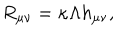
LaTeX: R _ { \mu \nu } = \kappa \Lambda h _ { \mu \nu } ,